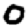
Digit: 0